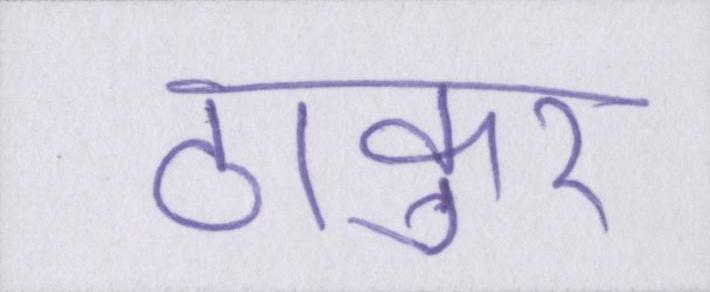
ठाकुर